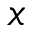
x